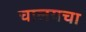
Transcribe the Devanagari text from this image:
चालयचा